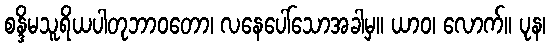
စန္ဒိမသူရိယပါတုဘာဝတော၊ လနေပေါ်သောအခါမှ။ ယာဝ၊ လောက်။ ပုန၊